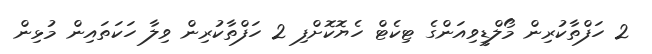
2 ހަފްތާކުރިން މޯލްޑީވިއަންގެ ޓިކެޓް ހެޔޮކޮށްފި 2 ހަފްތާކުރިން ވިލާ ހަކަތައިން މުޅިން